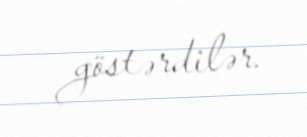
göstərdilər.